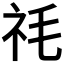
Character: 𮁠